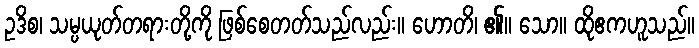
ဥဒိစ၊ သမ္ပယုတ်တရားတို့ကို ဖြစ်စေတတ်သည်လည်း။ ဟောတိ၊ ၏။ သော။ ထိုဧကဟူသည်။